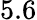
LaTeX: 5.6